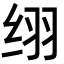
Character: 䌻